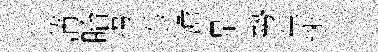
蒲眙塲忝澹是勢车迷